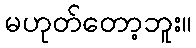
မဟုတ်တော့ဘူး။